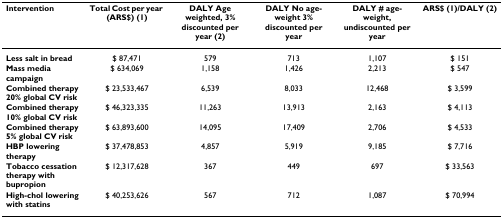
<table><thead><tr><td><b>Intervention</b></td><td><b>Total Cost per year (ARS$) (1)</b></td><td><b>DALY Age weighted, 3% discounted per year (2)</b></td><td><b>DALY No age-weight 3% discounted per year</b></td><td><b>DALY # age-weight, undiscounted per year</b></td><td><b>ARS$ (1)/DALY (2)</b></td></tr></thead><tbody><tr><td><b>Less salt in bread</b></td><td>$ 87,471</td><td>579</td><td>713</td><td>1,107</td><td>$ 151</td></tr><tr><td><b>Mass media campaign</b></td><td>$ 634,069</td><td>1,158</td><td>1,426</td><td>2,213</td><td>$ 547</td></tr><tr><td><b>Combined therapy 20% global CV risk</b></td><td>$ 23,533,467</td><td>6,539</td><td>8,033</td><td>12,468</td><td>$ 3,599</td></tr><tr><td><b>Combined therapy 10% global CV risk</b></td><td>$ 46,323,335</td><td>11,263</td><td>13,913</td><td>2,163</td><td>$ 4,113</td></tr><tr><td><b>Combined therapy 5% global CV risk</b></td><td>$ 63,893,600</td><td>14,095</td><td>17,409</td><td>2,706</td><td>$ 4,533</td></tr><tr><td><b>HBP lowering therapy</b></td><td>$ 37,478,853</td><td>4,857</td><td>5,919</td><td>9,185</td><td>$ 7,716</td></tr><tr><td><b>Tobacco cessation therapy with bupropion</b></td><td>$ 12,317,628</td><td>367</td><td>449</td><td>697</td><td>$ 33,563</td></tr><tr><td><b>High-chol lowering with statins</b></td><td>$ 40,253,626</td><td>567</td><td>712</td><td>1,087</td><td>$ 70,994</td></tr></tbody></table>